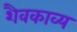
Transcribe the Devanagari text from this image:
शैवकाव्य